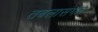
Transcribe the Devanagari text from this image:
तबलासंगत